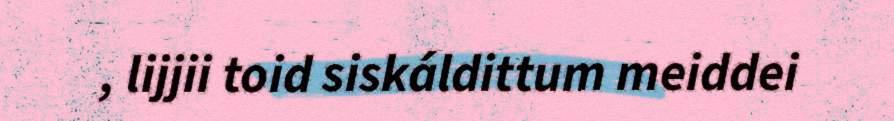
, lijjii toid siskáldittum meiddei